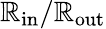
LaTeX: \mathbb{R}_{\mathrm{{in}}}/\mathbb{R}_{\mathrm{{out}}}